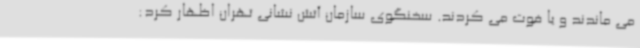
می ماندند و یا فوت می کردند. سخنگوی سازمان آتش نشانی تهران اظهار کرد: